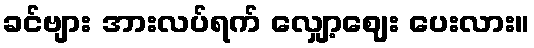
ခင်ဗျား အားလပ်ရက် လျှော့ဈေး ပေးလား။